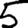
Digit: 5